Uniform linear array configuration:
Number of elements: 4
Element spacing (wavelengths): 1
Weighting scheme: hamming
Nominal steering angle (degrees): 45
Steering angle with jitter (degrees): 43.558
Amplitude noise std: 0.05
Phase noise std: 0.05

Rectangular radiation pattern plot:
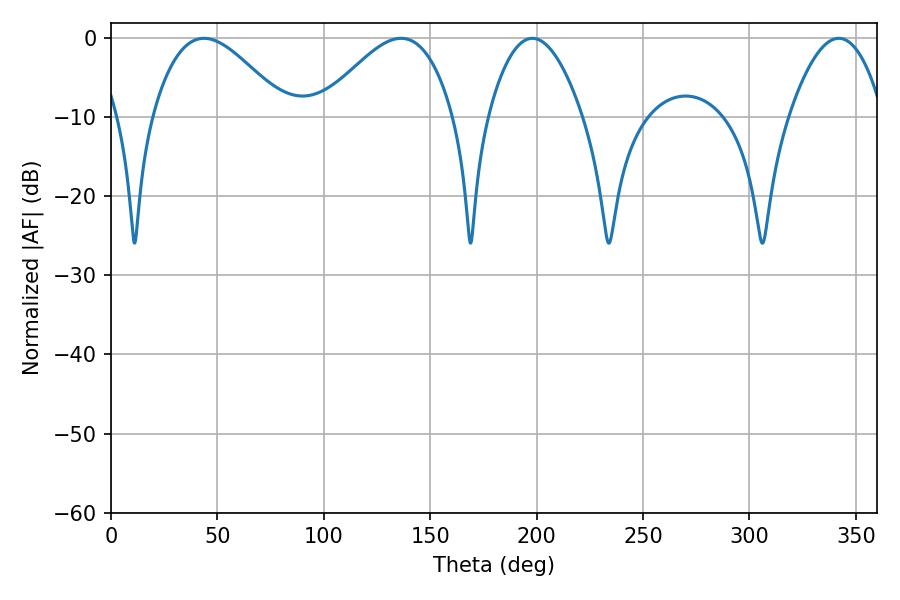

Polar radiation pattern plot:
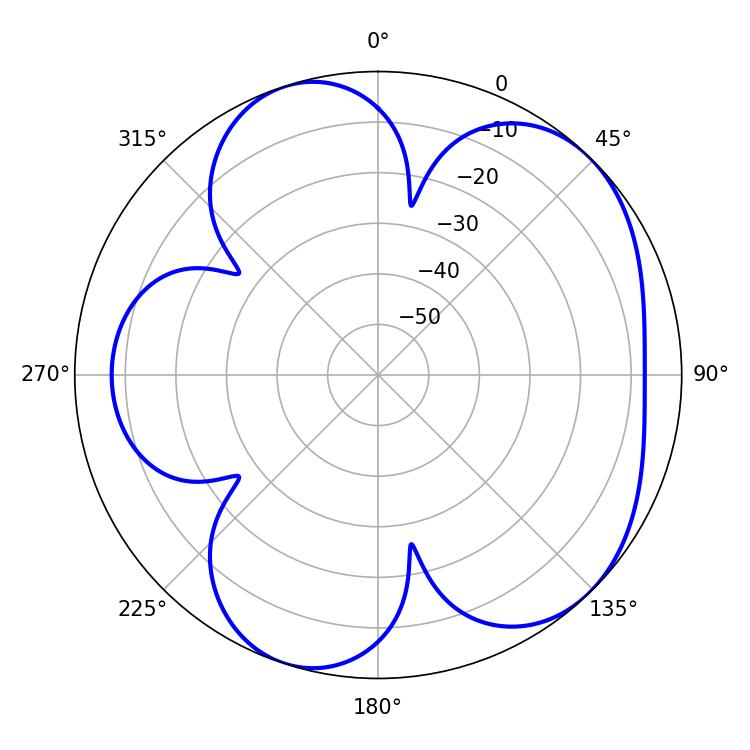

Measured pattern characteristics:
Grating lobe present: TRUE
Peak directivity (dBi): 5.521
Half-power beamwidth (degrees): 24.3
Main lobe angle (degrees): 198